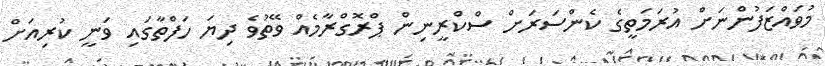
މުވައްޒަފުންނަށް އުރަމަތީގެ ކެންސަރަށް ސްކްރީނިން ޕްރޮގްރާމެއް ވޭތުވެ ދިޔަ ހަފްތާގައި ވަނީ ކުރިއަށް